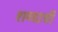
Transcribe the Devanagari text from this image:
शब्दार्थी